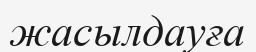
жасылдауға